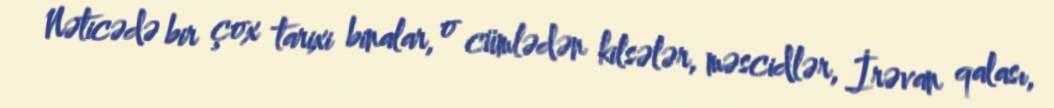
Nəticədə bir çox tarixi binalar, o cümlədən kilsələr, məscidlər, İrəvan qalası,